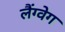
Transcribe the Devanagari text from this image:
लैंग्वेग